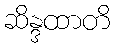
ဆိန္ဒထာတိ